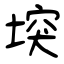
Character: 堗